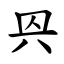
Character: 㒷